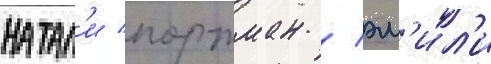
натал'и портман / эм'ил'и